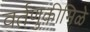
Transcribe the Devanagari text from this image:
वर्तणुकीमिळे